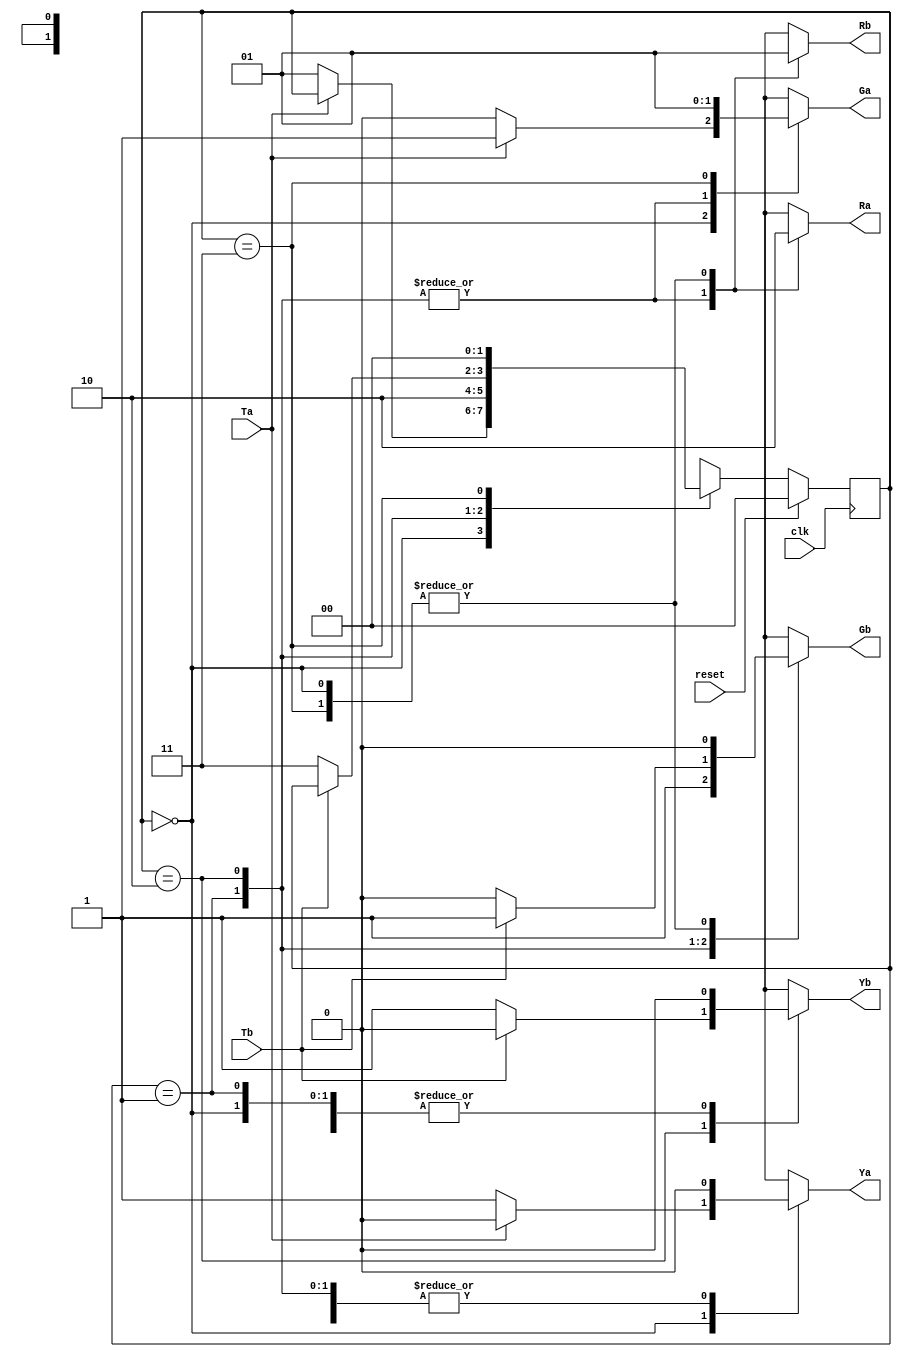
module traffic_light_controller(Ta,Tb,reset,clk,Ra,Ga,Ya,Rb,Gb,Yb);

output reg Ra,Ga,Ya,Rb,Gb,Yb;

input Ta,Tb;
input clk;
input reset;

reg [1:0] cst,nst;

parameter S0 = 2'b00, //unable to run system verilog, i am using the normal verilog.
	  S1 = 2'b01,
	  S2 = 2'b10,
	  S3 = 2'b11;

always @(cst or Ta or Tb)
 begin
 case(cst)
	S0 : if(Ta == 1'b1)
		begin
		nst = cst;
		Ga = 1;
		Ra = 0;
		Ya = 0;
		Gb = 0;
		Rb = 1;
		Yb = 0;
		end
	     else
		begin
		nst = S1;
		Ga = 0;
		Ra = 0;
		Ya = 1;
		Gb = 0;
		Rb = 1;
		Yb = 0;
		end

	S1 : 	begin
		nst = S2;
		Ga = 0;
		Ra = 1;
		Ya = 0;
		Gb = 1;
		Rb = 0;
		Yb = 0;
		end

	S2 : if(Tb == 1'b1)
		begin
		nst = cst;
		Ga = 0;
		Ra = 1;
		Ya = 0;
		Gb = 1;
		Rb = 0;
		Yb = 0;
		end
	     else
		begin
		nst = S3;
		Ga = 0;
		Ra = 1;
		Ya = 0;
		Gb = 0;
		Rb = 0;
		Yb = 1;
		end

	S3 : 	begin
		nst = S0;
		Ga = 1;
		Ra = 0;
		Ya = 0;
		Gb = 0;
		Rb = 1;
		Yb = 0;
		end
	default : nst = S0;
 endcase 
 end

always@(posedge clk)
begin
 if(reset)
	cst <= S0;
 else
	cst <= nst;
end

endmodule


module lfsr (clk, rst,x,y);

  output reg x,y;
  reg [4:0] out1,out2;
  input clk, rst;

  wire feedback1,feedback2;

  assign feedback1 = ~(out1[4] ^ out1[2]);
  assign feedback2 = ~(out2[4] ^ out2[1] ^ out2[2]);
always @(posedge clk, posedge rst)
  begin
    if (rst)
      begin
      out1 = 5'b0;
      out2 = 5'b0;
      end
    else
      begin
      out1 <= {out1[3:0],feedback1};
      out2 <= {out2[3:0],feedback2};
      x = feedback1;
      y = feedback2;
      end
  end

endmodule